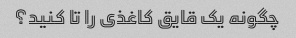
چگونه یک قایق کاغذی را تا کنید؟